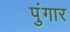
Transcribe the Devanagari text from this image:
पुंगार